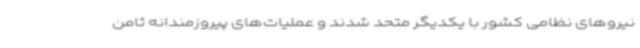
نیروهای نظامی کشور با یکدیگر متحد شدند و عملیات‌های پیروزمندانه ثامن